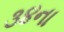
૩૪ના